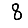
Digit: 8